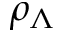
\rho _ { \Lambda }